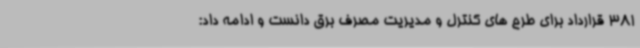
381 قرارداد برای طرح ‌های کنترل و مدیریت مصرف برق دانست و ادامه داد: